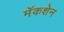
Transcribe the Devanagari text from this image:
मॅकशेन